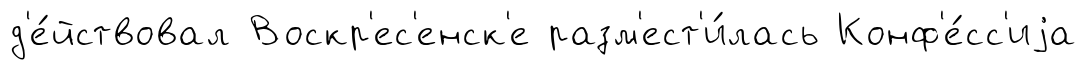
д'е́йствовал Воскр'ес'енск'е разм'ест'и́лась Конф'е́сс'иjа